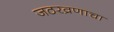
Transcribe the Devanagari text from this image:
जठरव्रणाचा